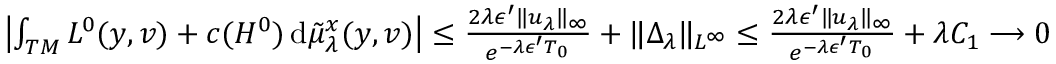
\begin{array} { r } { \left| \int _ { T M } L ^ { 0 } ( y , v ) + c ( H ^ { 0 } ) \, \mathrm { d } \tilde { \mu } _ { \lambda } ^ { x } ( y , v ) \right| \leq \frac { 2 \lambda \epsilon ^ { \prime } \| u _ { \lambda } \| _ { \infty } } { e ^ { - \lambda \epsilon ^ { \prime } T _ { 0 } } } + \| \Delta _ { \lambda } \| _ { L ^ { \infty } } \leq \frac { 2 \lambda \epsilon ^ { \prime } \| u _ { \lambda } \| _ { \infty } } { e ^ { - \lambda \epsilon ^ { \prime } T _ { 0 } } } + \lambda C _ { 1 } \longrightarrow 0 } \end{array}